Vaccination in Burma 1920-1933 - 1920-1933
Year: 1920
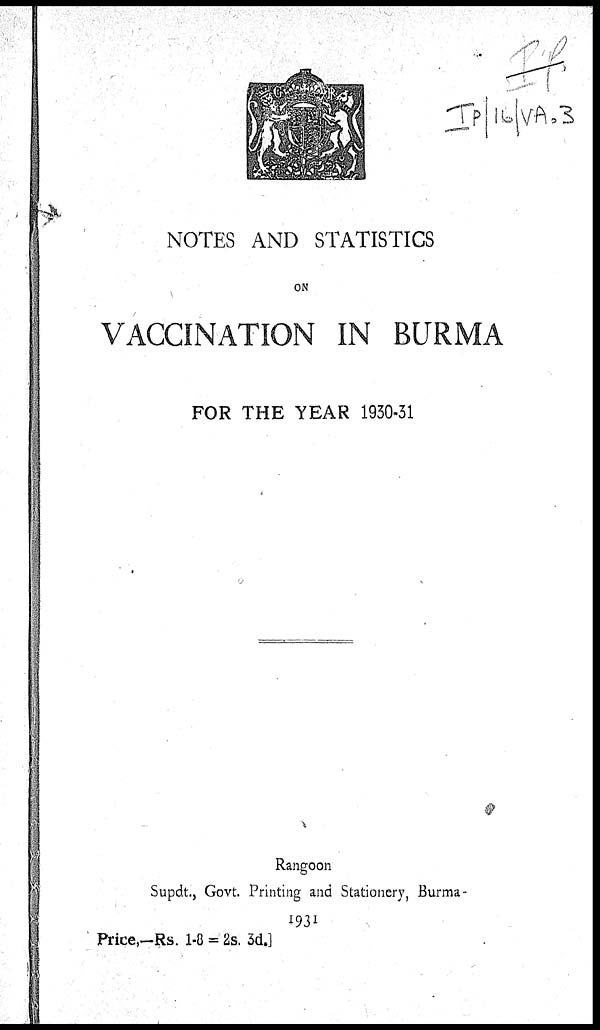
NOTES AND STATISTICS
ON
VACCINATION IN BURMA
FOR THE YEAR 1930-31
Rangoon
Supdt., Govt. Printing and Stationery, Burma
1931
Price,—Rs. 1-8 = 2s. 3d.]